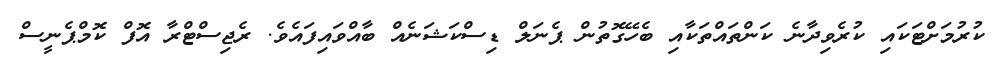
ކުރުމަށްޓަކައި ކުރެވިދާނެ ކަންތައްތަކާއި ބެހޭގޮތުން ޕެނަލް ޑިސްކަޝަނެއް ބާއްވައިފައެވެ. ރެޖިސްޓްރާ އޮފް ކޮމްޕެނީސް